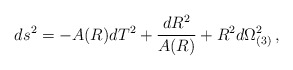
\begin{align*}ds^2=-A(R)dT^2+{dR^2\over A(R)}+R^2d\Omega^2_{(3)}\,,\end{align*}